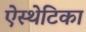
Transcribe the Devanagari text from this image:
ऐस्थेटिका